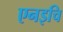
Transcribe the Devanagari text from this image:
एनइचि